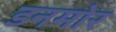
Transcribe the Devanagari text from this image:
डनमोर